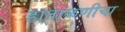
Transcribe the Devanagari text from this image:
हाताळणीचा